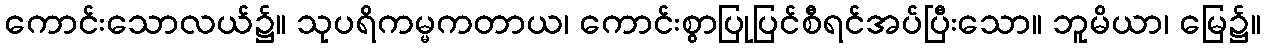
ကောင်းသောလယ်၌။ သုပရိကမ္မကတာယ၊ ကောင်းစွာပြုပြင်စီရင်အပ်ပြီးသော။ ဘူမိယာ၊ မြေ၌။